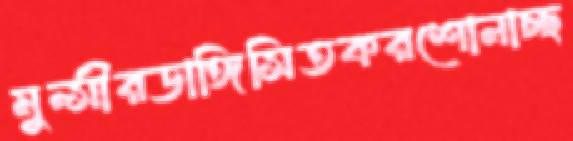
মুন্সীরডাঙ্গিসিতকরশোনাচ্ছ